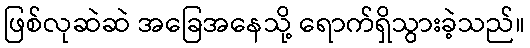
ဖြစ်လုဆဲဆဲ အခြေအနေသို့ ရောက်ရှိသွားခဲ့သည်။